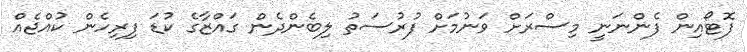
ފޮޓޯއިން ފެންނަނީ މިސްރަށް ވަނުމަށް ފުރުސަތު ލިބެންދެން ގައްޒާގެ ކުޑަ ފިރިހެން ކުއްޖެއް